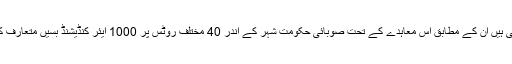
اب تک جو تفصیلات سامنے آئی ہیں ان کے مطابق اس معاہدے کے تحت صوبائی حکومت شہر کے اندر 40 مختلف روٹس پر 1000 ایئر کنڈیشنڈ بسیں متعارف کروانے کا منصوبہ رکھتی ہے۔